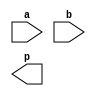
module mul_64b_wrapper(
    input [63:0]    a,
    input [63:0]    b,

    output [127:0]  p
);


`ifdef DESIGN_FPGA 

	FPAG_IP_NAME U_mul_64 (
	.a(a), // input [63 : 0] a
	.b(b), // input [63 : 0] b
	.p(p) //  output [127 : 0] p
	);

`elsif DESIGN_SIM

	mul_64b_sim_model U_mul_64 (
	.a(a), // input [63 : 0] a
	.b(b), // input [63 : 0] b
	.p(p) //  output [127 : 0] p
	);

`endif

endmodule